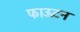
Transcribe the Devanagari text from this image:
फाऊटन